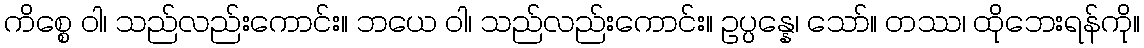
ကိစ္စေ ဝါ၊ သည်လည်းကောင်း။ ဘယေ ဝါ၊ သည်လည်းကောင်း။ ဥပ္ပန္နေ၊ သော်။ တဿ၊ ထိုဘေးရန်ကို။